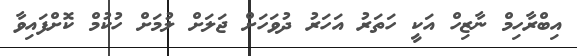
އިބްރާހިމް ނާޒިހް އަކީ ހަތަރު އަހަރު ދުވަހަށް ޖަލަށް ލުމަށް ހުކުމް ކޮށްފައިވާ